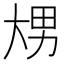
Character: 𰋢